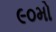
૯૦મો